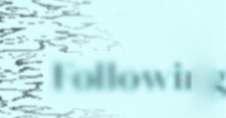
Following